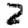
Digit: 2